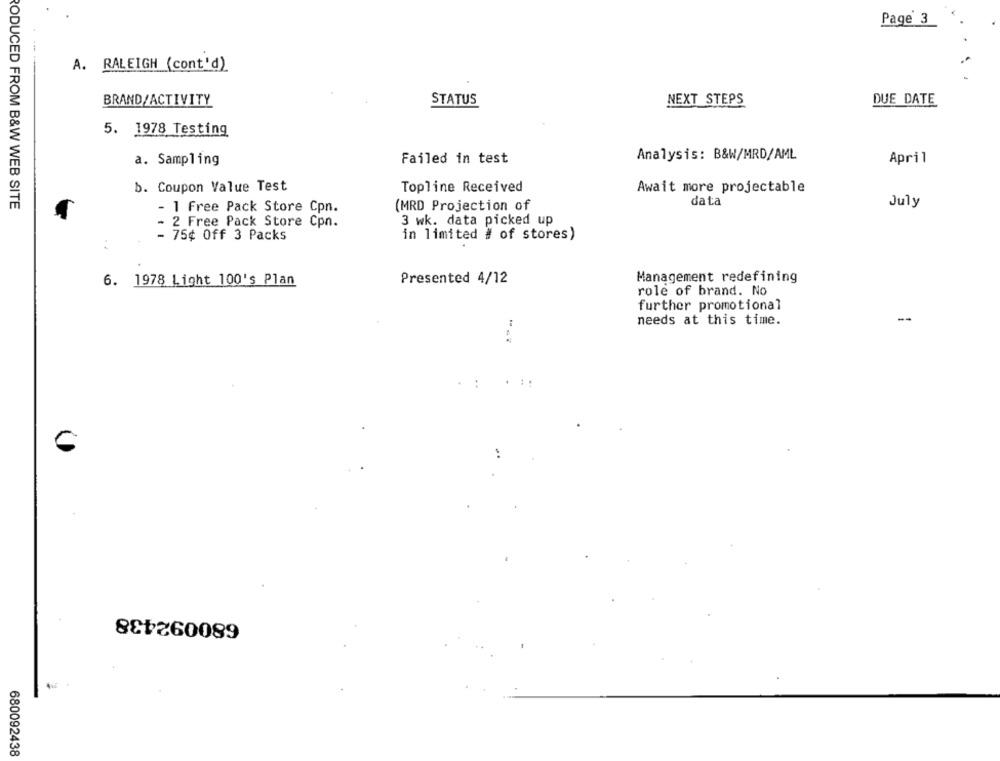
Page 3
A. RALEIGH (cont'd)
BRAND/ACTIVITY
STATUS
NEXT STEPS
DUE DATE
5. 1978 Testing
a. Sampling
Failed in test
Analysis: B&W/MRD/AML
April
b. Coupon Value Test
Topline Received
Await more projectable
RODUCED FROM B&W WEB SITE
(MRD Projection of
data
July
- 1 Free Pack Store Cpn.
3 wk. data picked up
2 Free Pack Store Cpn.
- 75¢ Off 3 Packs
in limited # of stores)
6. 1978 Light 100's Plan
Presented 4/12
Management redefining
role of brand. No
further promotional
--
needs at this time.
680092438
680092438